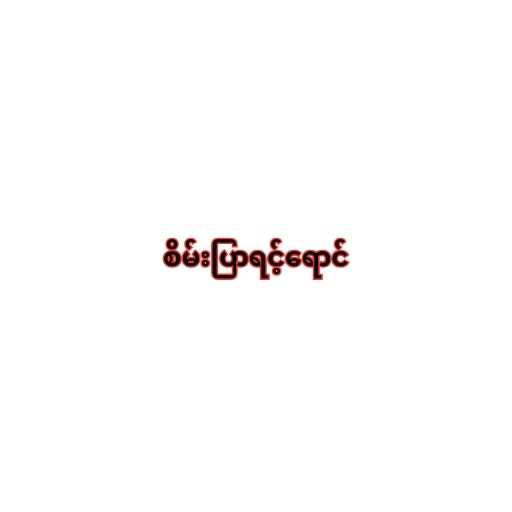
စိမ်းပြာရင့်ရောင်